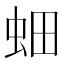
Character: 𮓿